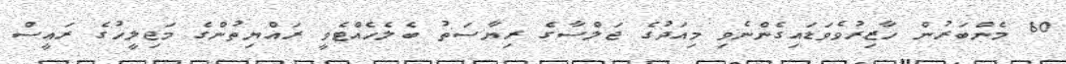
60 މެންބަރުން ހާޒިރުވެވަޑައިގެންނެވި މިއަދުގެ ޖަލްސާގެ ރިޔާސަތު ބެލެހެއްޓެވީ ރައްޔިތުންގެ މަޖިލީހުގެ ރައީސް